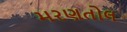
મરણતોલ